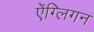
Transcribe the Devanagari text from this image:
ऐंग्लिगन